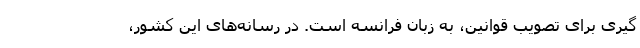
گیری برای تصویب قوانین، به زبان فرانسه است. در رسانه‌های این کشور،